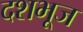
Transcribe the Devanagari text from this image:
दशभूज